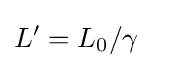
L'=L_{0}/\gamma \ \